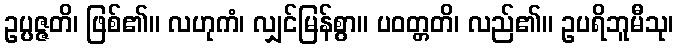
ဥပ္ပဇ္ဇတိ၊ ဖြစ်၏။ လဟုကံ၊ လျှင်မြန်စွာ။ ပဝတ္တတိ၊ လည်၏။ ဥပရိဘူမီသု၊